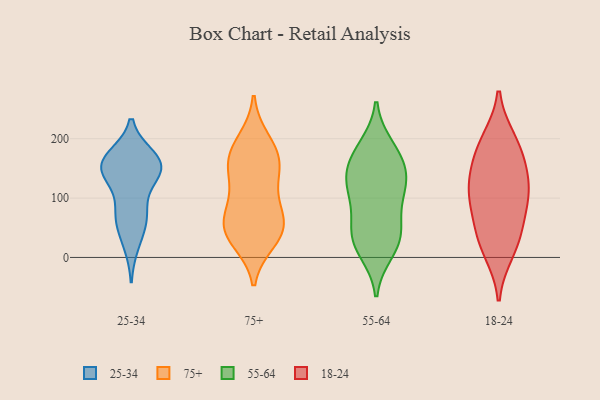
{"axis": {"x": "Tickets Resolved", "y": "Value"}, "legend": ["18-24", "25-34", "55-64", "75+"], "data": [{"x": "", "y": 153, "type": "25-34"}, {"x": "", "y": 146, "type": "25-34"}, {"x": "", "y": 167, "type": "25-34"}, {"x": "", "y": 153, "type": "25-34"}, {"x": "", "y": 159, "type": "25-34"}, {"x": "", "y": 67, "type": "25-34"}, {"x": "", "y": 155, "type": "25-34"}, {"x": "", "y": 66, "type": "25-34"}, {"x": "", "y": 78, "type": "25-34"}, {"x": "", "y": 24, "type": "25-34"}, {"x": "", "y": 143, "type": "25-34"}, {"x": "", "y": 196, "type": "75+"}, {"x": "", "y": 179, "type": "75+"}, {"x": "", "y": 44, "type": "75+"}, {"x": "", "y": 87, "type": "75+"}, {"x": "", "y": 29, "type": "75+"}, {"x": "", "y": 51, "type": "75+"}, {"x": "", "y": 129, "type": "75+"}, {"x": "", "y": 158, "type": "75+"}, {"x": "", "y": 169, "type": "75+"}, {"x": "", "y": 147, "type": "75+"}, {"x": "", "y": 47, "type": "75+"}, {"x": "", "y": 82, "type": "75+"}, {"x": "", "y": 46, "type": "75+"}, {"x": "", "y": 50, "type": "55-64"}, {"x": "", "y": 27, "type": "55-64"}, {"x": "", "y": 149, "type": "55-64"}, {"x": "", "y": 31, "type": "55-64"}, {"x": "", "y": 134, "type": "55-64"}, {"x": "", "y": 110, "type": "55-64"}, {"x": "", "y": 176, "type": "55-64"}, {"x": "", "y": 159, "type": "55-64"}, {"x": "", "y": 110, "type": "55-64"}, {"x": "", "y": 47, "type": "55-64"}, {"x": "", "y": 111, "type": "55-64"}, {"x": "", "y": 11, "type": "55-64"}, {"x": "", "y": 185, "type": "55-64"}, {"x": "", "y": 184, "type": "18-24"}, {"x": "", "y": 165, "type": "18-24"}, {"x": "", "y": 12, "type": "18-24"}, {"x": "", "y": 42, "type": "18-24"}, {"x": "", "y": 111, "type": "18-24"}, {"x": "", "y": 195, "type": "18-24"}, {"x": "", "y": 96, "type": "18-24"}, {"x": "", "y": 36, "type": "18-24"}, {"x": "", "y": 105, "type": "18-24"}, {"x": "", "y": 127, "type": "18-24"}]}